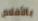
بالأفلام